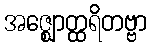
အဇ္ဈောတ္ထရိတဗ္ဗာ